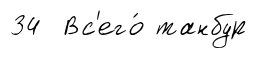
34 Вс'его́ танбур